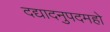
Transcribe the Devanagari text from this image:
दद्यादनुपदमहो